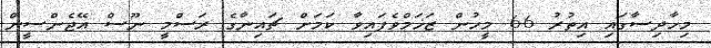
މިހާދިސާގައި އިތުރު 66 މީހުން ޒަޚަމްވެފައިވާ ކަމަށް ޗައިނާގެ ރަސްމީ ނޫސް އޭޖެންސީން